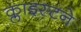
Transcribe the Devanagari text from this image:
क्लाइस्टने